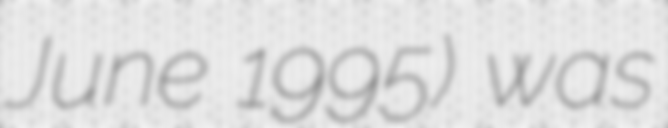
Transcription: June 1995) was